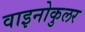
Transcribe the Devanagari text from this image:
वाइनोकुलर